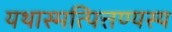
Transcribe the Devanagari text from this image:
यथास्मत्पित्तण्यस्य